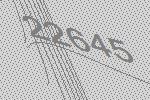
22645